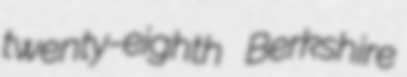
twenty-eighth Berkshire